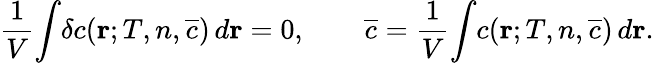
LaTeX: \begin{array}{l}{\displaystyle{\frac{1}{V}\! \int\! \delta c({\mathbf r};T,n,\overline{{c}})\, d{\mathbf r}=0,\qquad\overline{{c}}=\frac{1}{V}\! \int\! c({\mathbf r};T,n,\overline{{c}})\, d{\mathbf r}.}}\end{array}